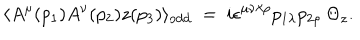
LaTeX: \langle A ^ { \mu } ( p _ { 1 } ) A ^ { \nu } ( p _ { 2 } ) z ( p _ { 3 } ) \rangle _ { \mathrm { o d d } } ~ = ~ i \epsilon ^ { \mu \nu \lambda \rho } p _ { 1 \lambda } p _ { 2 \rho } \: \Theta _ { z } .